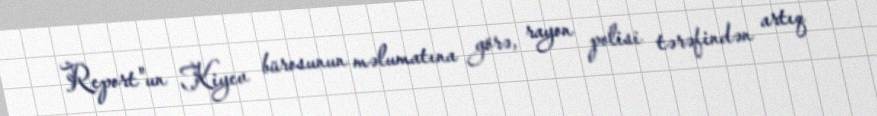
Report"un Kiyev bürosunun məlumatına görə, rayon polisi tərəfindən artıq